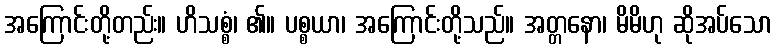
အကြောင်းတို့တည်း။ ဟိသစ္စံ၊ ၏။ ပစ္စယာ၊ အကြောင်းတို့သည်။ အတ္တနော၊ မိမိဟု ဆိုအပ်သော